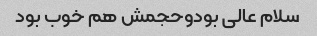
سلام عالی بودوحجمش هم خوب بود